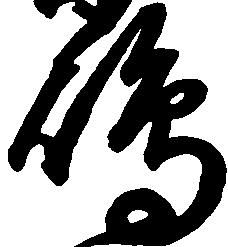
嶋